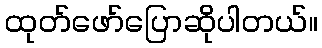
ထုတ်ဖော်ပြောဆိုပါတယ်။